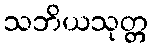
သဘိယသုတ္တ